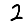
Digit: 2